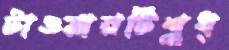
টাওয়ারটিশুধ্